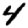
Digit: 4